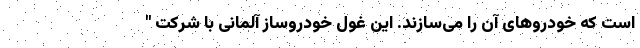
است که خودروهای آن را می‌سازند. این غول خودروساز آلمانی با شرکت "